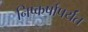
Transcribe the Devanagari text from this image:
निष्कर्षापर्यंत